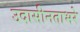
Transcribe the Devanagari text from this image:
उदासीनताभरे